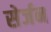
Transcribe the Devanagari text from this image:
सेर्जन